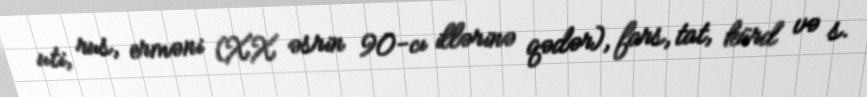
uti, rus, erməni (XX əsrin 90-cı illərinə qədər), fars, tat, kürd və s.